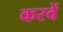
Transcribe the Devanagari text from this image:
कस्वें